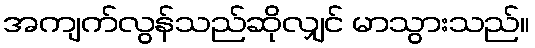
အကျက်လွန်သည်ဆိုလျှင် မာသွားသည်။